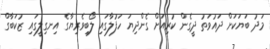
މަދު ބަޔަކަށް ދައުވަތު ދީގެން ކުރިއަށް ގެންދިޔަ ހަފުލާގައި ލޯބިވެރިޔާގެ އިނގިލީގައި ޒުކަބާގް